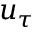
u _ { \tau }